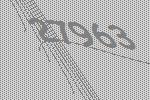
27963